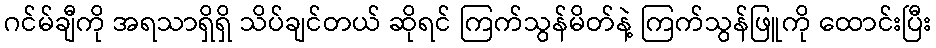
ဂင်မ်ချီကို အရသာရှိရှိ သိပ်ချင်တယ် ဆိုရင် ကြက်သွန်မိတ်နဲ့ ကြက်သွန်ဖြူကို ထောင်းပြီး